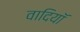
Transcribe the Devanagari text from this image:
वादियॉ